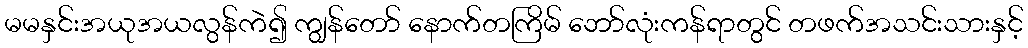
မမနှင်းအယုအယလွန်ကဲ၍ ကျွန်တော် နောက်တကြိမ် ဘော်လုံးကန်ရာတွင် တဖက်အသင်းသားနှင့်